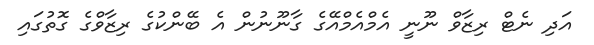
އަދި ނެޓް ރިޒާވް ނޫނީ އެމްއެމްއޭގެ ގާނޫނުން އެ ބޭންކުގެ ރިޒާވްގެ ގޮތުގައި